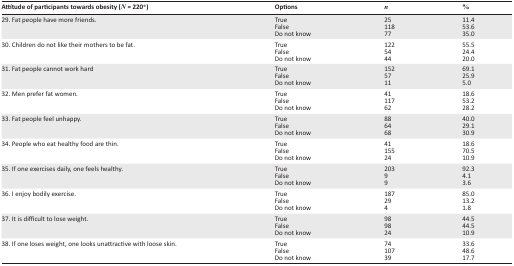
<table><thead><tr><td><b>Attitude of participants towards obesity (<i>N</i> = 220*)</b></td><td><b>Options</b></td><td><b><i>n</i></b></td><td><b>%</b></td></tr></thead><tbody><tr><td>29. Fat people have more friends.</td><td>True</td><td>25</td><td>11.4</td></tr><tr><td></td><td>False</td><td>118</td><td>53.6</td></tr><tr><td></td><td>Do not know</td><td>77</td><td>35.0</td></tr><tr><td>30. Children do not like their mothers to be fat.</td><td>True</td><td>122</td><td>55.5</td></tr><tr><td></td><td>False</td><td>54</td><td>24.4</td></tr><tr><td></td><td>Do not know</td><td>44</td><td>20.0</td></tr><tr><td>31. Fat people cannot work hard</td><td>True</td><td>152</td><td>69.1</td></tr><tr><td></td><td>False</td><td>57</td><td>25.9</td></tr><tr><td></td><td>Do not know</td><td>11</td><td>5.0</td></tr><tr><td>32. Men prefer fat women.</td><td>True</td><td>41</td><td>18.6</td></tr><tr><td></td><td>False</td><td>117</td><td>53.2</td></tr><tr><td></td><td>Do not know</td><td>62</td><td>28.2</td></tr><tr><td>33. Fat people feel unhappy.</td><td>True</td><td>88</td><td>40.0</td></tr><tr><td></td><td>False</td><td>64</td><td>29.1</td></tr><tr><td></td><td>Do not know</td><td>68</td><td>30.9</td></tr><tr><td>34. People who eat healthy food are thin.</td><td>True</td><td>41</td><td>18.6</td></tr><tr><td></td><td>False</td><td>155</td><td>70.5</td></tr><tr><td></td><td>Do not know</td><td>24</td><td>10.9</td></tr><tr><td>35. If one exercises daily, one feels healthy.</td><td>True</td><td>203</td><td>92.3</td></tr><tr><td></td><td>False</td><td>9</td><td>4.1</td></tr><tr><td></td><td>Do not know</td><td>9</td><td>3.6</td></tr><tr><td>36. I enjoy bodily exercise.</td><td>True</td><td>187</td><td>85.0</td></tr><tr><td></td><td>False</td><td>29</td><td>13.2</td></tr><tr><td></td><td>Do not know</td><td>4</td><td>1.8</td></tr><tr><td>37. It is difficult to lose weight.</td><td>True</td><td>98</td><td>44.5</td></tr><tr><td></td><td>False</td><td>98</td><td>44.5</td></tr><tr><td></td><td>Do not know</td><td>24</td><td>10.9</td></tr><tr><td>38. If one loses weight, one looks unattractive with loose skin.</td><td>True</td><td>74</td><td>33.6</td></tr><tr><td></td><td>False</td><td>107</td><td>48.6</td></tr><tr><td></td><td>Do not know</td><td>39</td><td>17.7</td></tr></tbody></table>